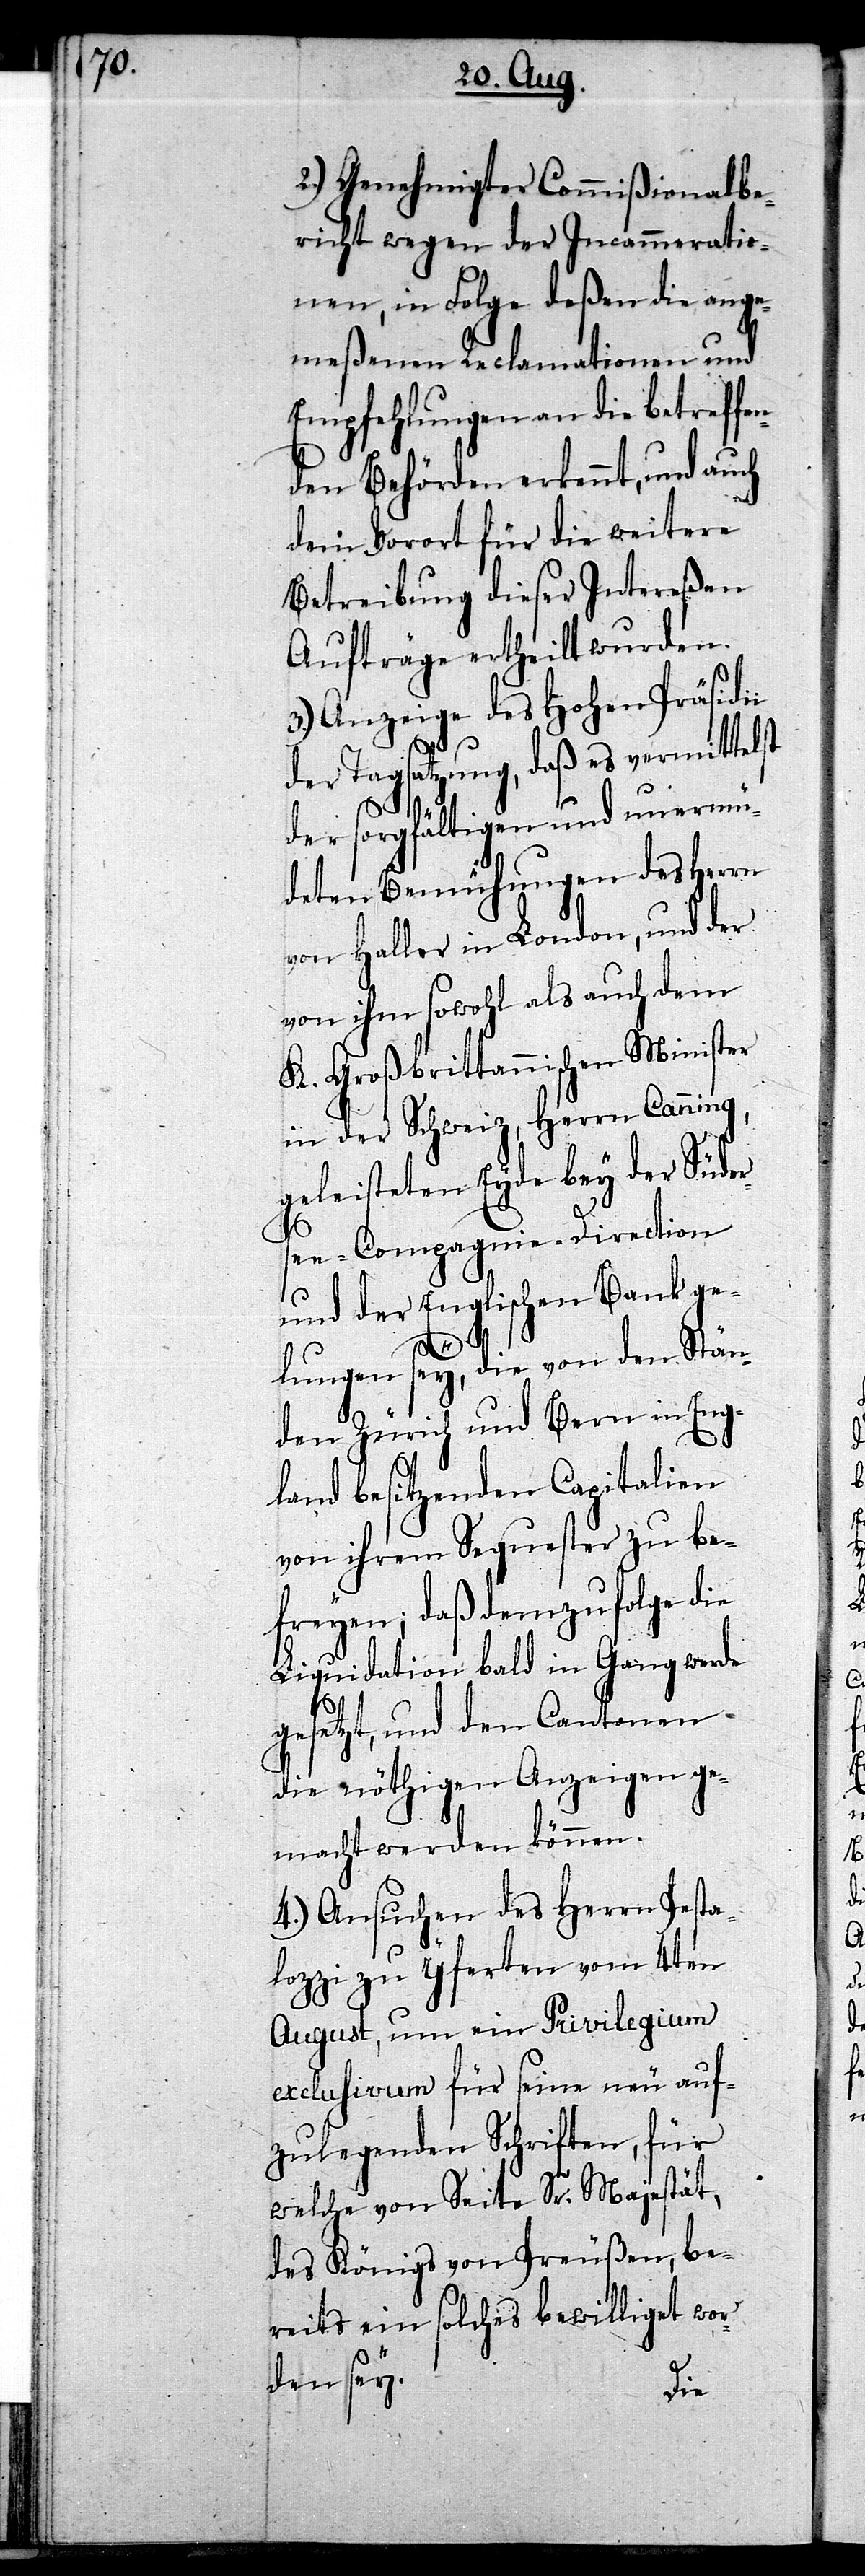
2.) Genehmigter Commißionalbe¬
richt wegen der Incammeratio¬
nen, in Folge deßen die ange¬
meßenen Reclamationen und
Empfehlungen an die betreffen¬
den Behörden erkennt, und auch
dem Vorort für die weitere
Betreibung dieser Intereßen
Aufträge ertheilt wurden.
3.) Anzeige des Hohen Präsidii
der Tagsatzung, daß es vermittelst
der sorgfältigen und unermü¬
deten Bemühungen des Herrn
von Haller in London, und der
von ihm sowohl als auch dem
K. Großbrittannischen Minister
in der Schweiz, Herrn Canning,
geleisteten Eyde bey der Süder¬
see-Compagnie-Direction
und der Englischen Bank ge¬
lungen sey, die von den Stän¬
den Zürich und Bern in Eng¬
land besitzenden Capitalien
von ihrem Sequester zu be¬
freyen; daß demzufolge die
Liquidation bald in Gang werde
gesetzt, und den Cantonen
die nöthigen Anzeigen ge¬
macht werden können.
4.) Ansuchen des Herrn Pesta¬
lozzi zu Yferten vom 4ten
August, um ein Privilegium
exclusivum für seine neu auf¬
zulegenden Schriften, für
welche von Seite Sr. Majestät,
des Königs von Preußen, be¬
reits ein solches bewilligt wor¬
den sey.